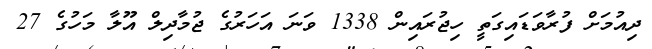
ދިއުމަށް ފުރާވަޑައިގަތީ ހިޖުރައިން 1338 ވަނަ އަހަރުގެ ޖުމާދިލް އޫލާ މަހުގެ 27